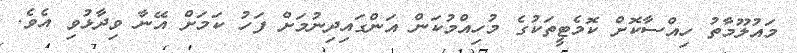
މައުލޫމާތު ހިއްސާކޮށް ކޮމެޓީތަކުގެ މުހިއްމުކަން އަންގައިދިނުމަށް ފަހު ކަމަށް އޭނާ ވިދާޅުވި އެވެ.